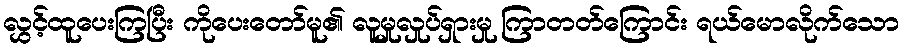
လွှင့်ထူပေးကြပြီး ကိုပေးတော်မူ၏ လူမှုလှုပ်ရှားမှု ကြာတတ်ကြောင်း ရယ်မောလိုက်သော